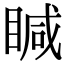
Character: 䁍